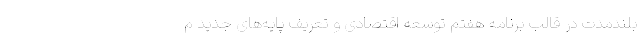
بلندمدت در قالب برنامه هفتم توسعه اقتصادی و تعریف پایه‌های جدید م